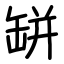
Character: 缾